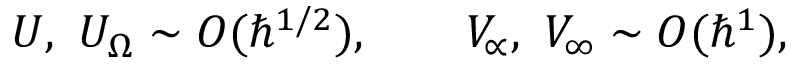
U , \ U _ { \Omega } \sim O ( \hbar ^ { 1 / 2 } ) , \qquad V _ { \propto } , \ V _ { \infty } \sim O ( \hbar ^ { 1 } ) ,